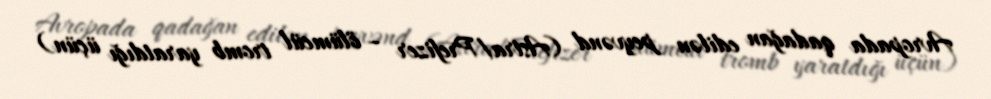
Avropada qadağan edilən peyvənd (Astra/Prefizer – ölümcül tromb yaratdığı üçün)